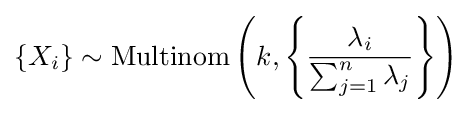
\{X_{i}\}\sim \mathrm {Multinom} \left(k,\left\{{\frac {\lambda _{i}}{\sum _{j=1}^{n}\lambda _{j}}}\right\}\right)